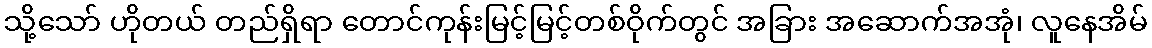
သို့သော် ဟိုတယ် တည်ရှိရာ တောင်ကုန်းမြင့်မြင့်တစ်ဝိုက်တွင် အခြား အဆောက်အအုံ၊ လူနေအိမ်